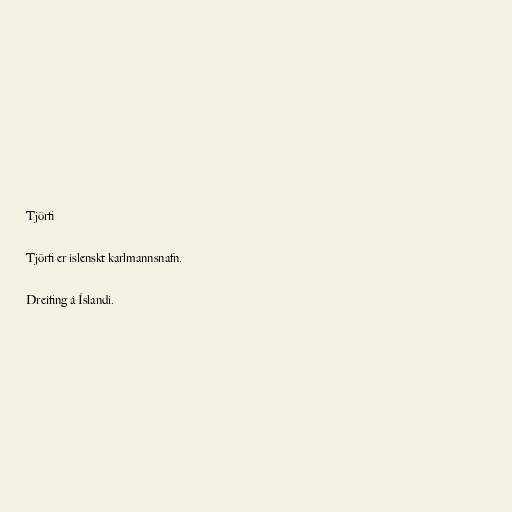
Tjörfi

Tjörfi er íslenskt karlmannsnafn.

Dreifing á Íslandi.